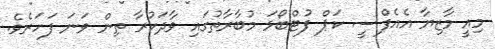
މިއީ މާޒިޔާ އެއެފްސީ ކަޕް ފުޓްބޯޅަ މުބާރާތުގައި ވާދަކުރާ ތިން ވަނަ ފަހަރެވެ.